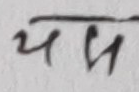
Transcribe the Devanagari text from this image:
थप